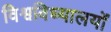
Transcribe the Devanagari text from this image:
विश्वविध्यालयों